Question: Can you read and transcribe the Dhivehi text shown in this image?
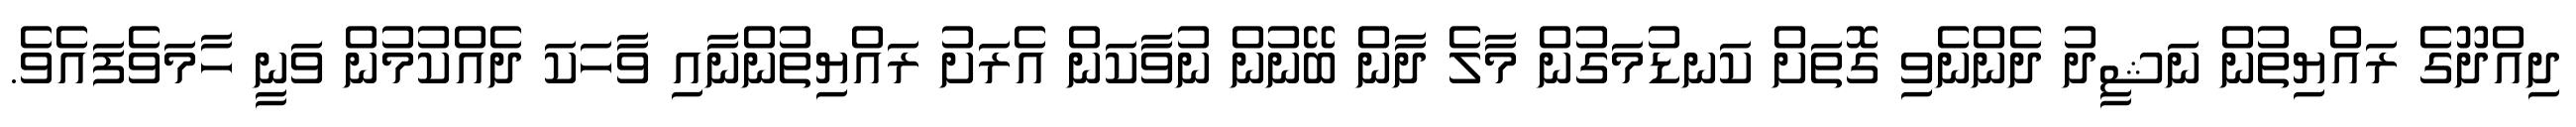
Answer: ދިއްދޫގެ ރައްޔިތުން ނަޝީދު ދެންނެވި ގޮތަށް ކަނޑުމަގުން މާލެ ދާން ބޭނުން ނުވާކަން އެރަށު ރައްޔިތުންނާއި ވާހަކަ ދެއްކުމުން ވަނީ ހާމަވެފައެވެ.